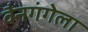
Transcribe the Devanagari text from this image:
वैनगंगेला